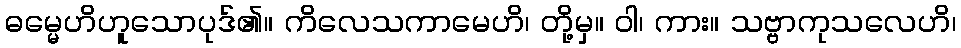
ဓမ္မေဟိဟူသောပုဒ်၏။ ကိလေသကာမေဟိ၊ တို့မှ။ ဝါ၊ ကား။ သဗ္ဗာကုသလေဟိ၊